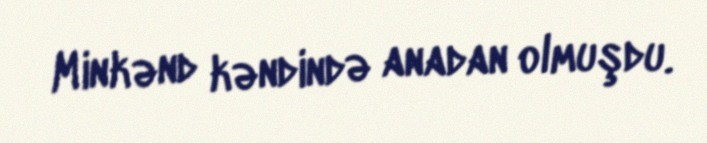
Minkənd kəndində anadan olmuşdu.